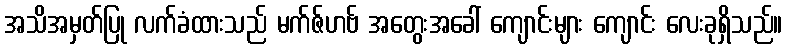
အသိအမှတ်ပြု လက်ခံထားသည် မက်ဇ်ဟဗ် အတွေးအခေါ် ကျောင်းများ ကျောင်း လေးခုရှိသည်။